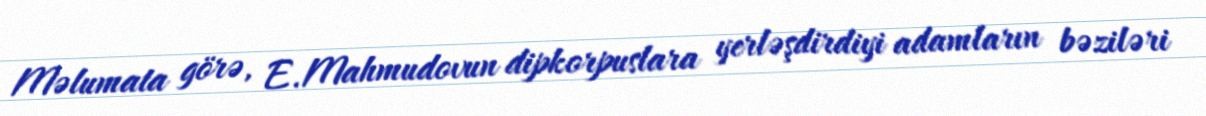
Məlumata görə, E.Mahmudovun dipkorpuslara yerləşdirdiyi adamların bəziləri